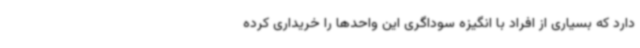
دارد که بسیاری از افراد با انگیزه سوداگری این واحدها را خریداری کرده